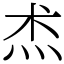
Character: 𤇍